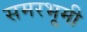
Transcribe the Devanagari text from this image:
समरभूमी